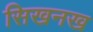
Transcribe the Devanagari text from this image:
सिखनख